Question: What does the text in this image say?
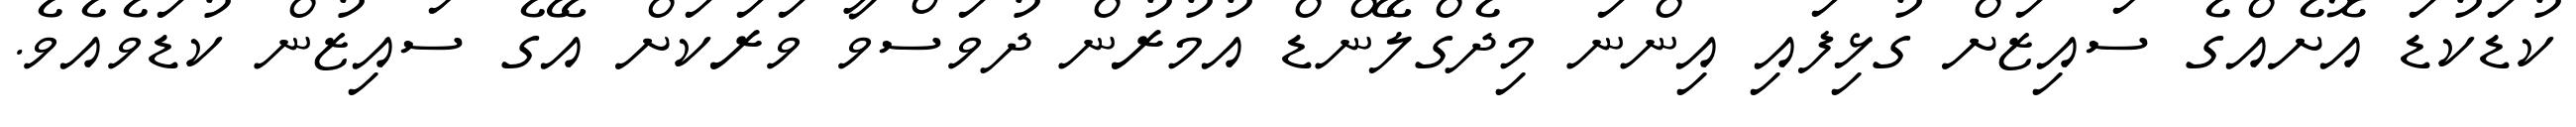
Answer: ކުޑަކުޑަ އޮށެއްގެ ސައިޒަށް ގުޅިފައި އިންނަ މިދެގްލޭންޑް އުމުރުން ދުވަސްވާ ވަރަކަށް އޭގެ ސައިޒުން ކުޑަވެއެވެ.